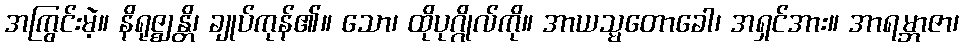
အကြွင်းမဲ့။ နိရုဇ္ဈန္တိ၊ ချုပ်ကုန်၏။ သော၊ ထိုပုဂ္ဂိုလ်ကို။ အာယသ္မတောခေါ၊ အရှင်အား။ အာရမ္ဘာဇာ၊